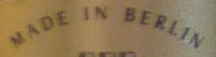
MADE IN BERLIN